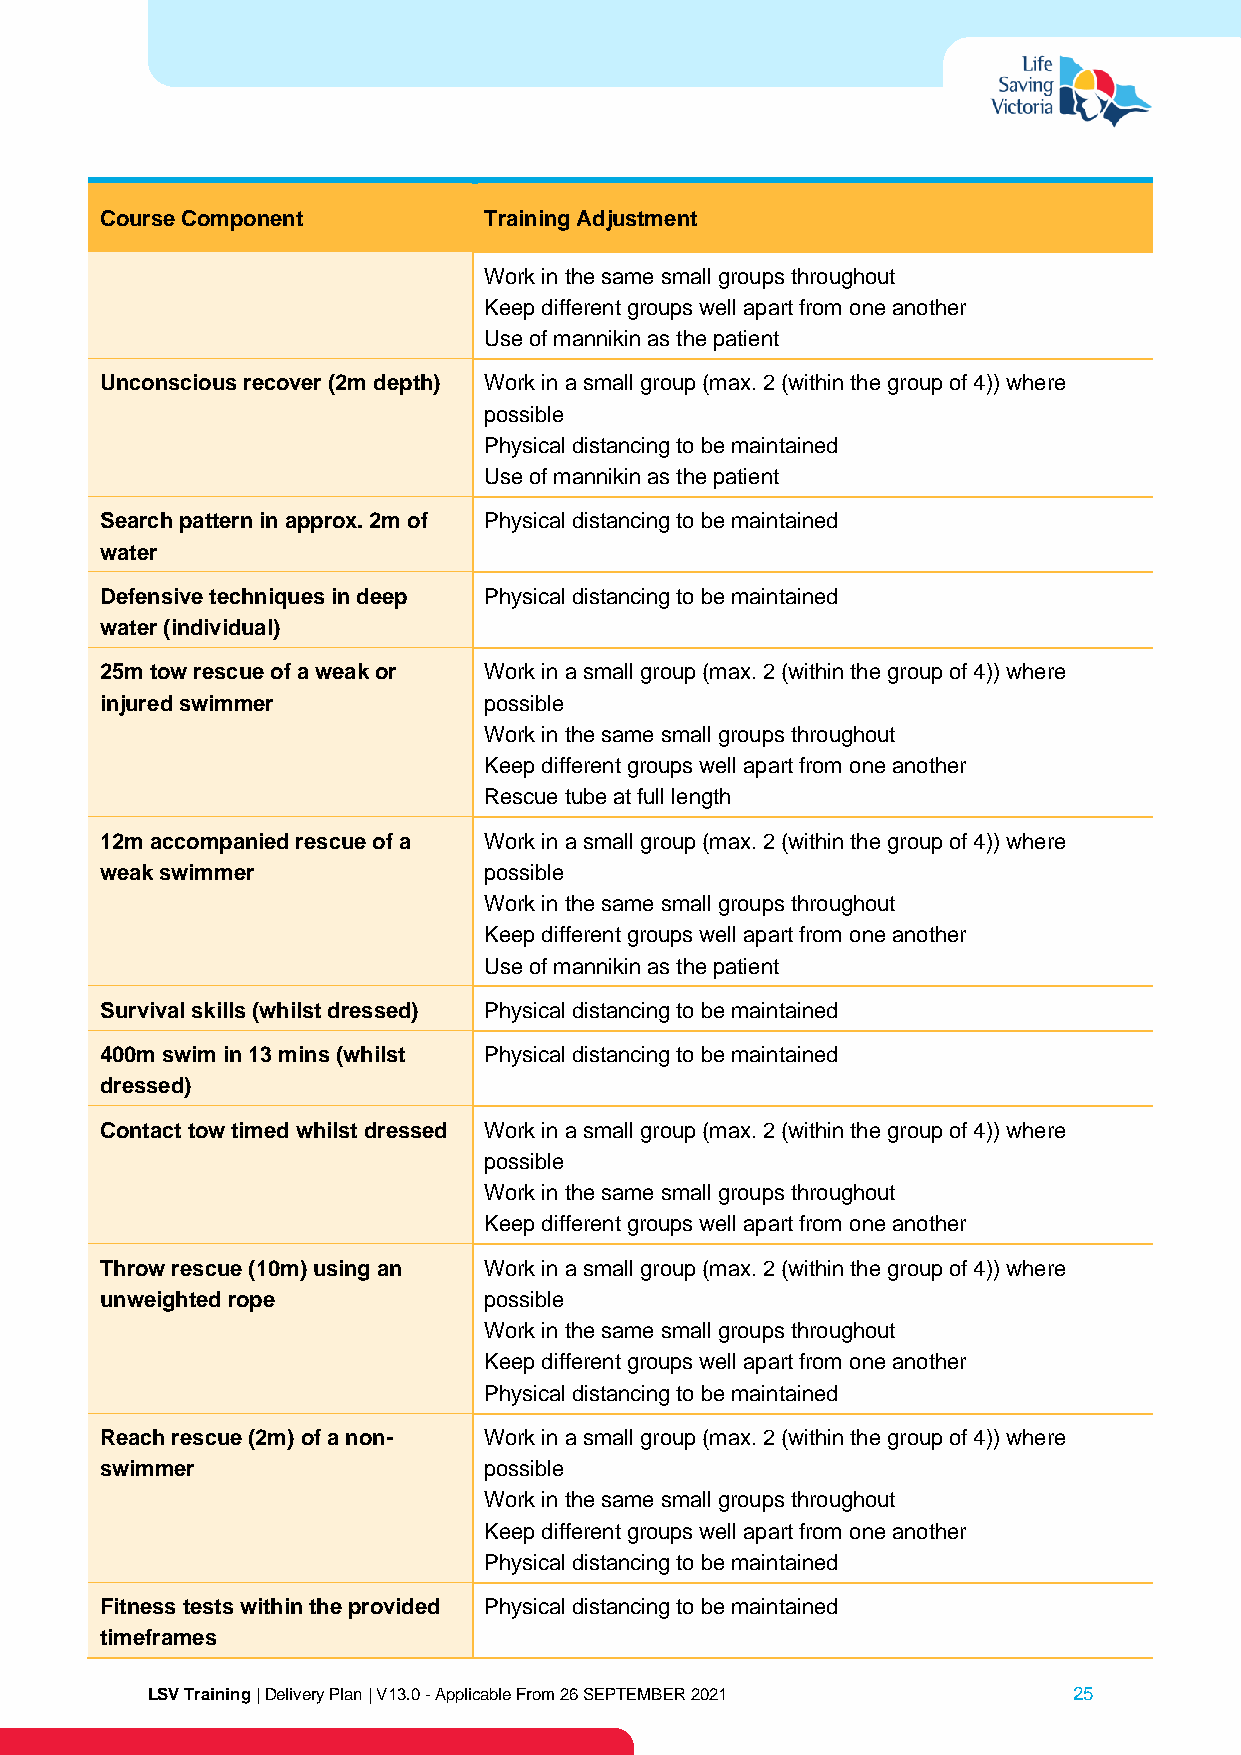
Course Component         Training Adjustment
 Work in the same small groups throughout
 Keep different groups well apart from one another
 Use of mannikin as the patient
 Unconscious recover (2m depth) Work in a small group (max. 2 (within the group of 4)) where
 possible
 Physical distancing to be maintained
 Use of mannikin as the patient
 Search pattern in approx. 2m of Physical distancing to be maintained
 water
 Defensive techniques in deep Physical distancing to be maintained
 water (individual)
 25m tow rescue of a weak or Work in a small group (max. 2 (within the group of 4)) where
 injured swimmer          possible
 Work in the same small groups throughout
 Keep different groups well apart from one another
 Rescue tube at full length
 12m accompanied rescue of a Work in a small group (max. 2 (within the group of 4)) where
 weak swimmer             possible
 Work in the same small groups throughout
 Keep different groups well apart from one another
 Use of mannikin as the patient
 Survival skills (whilst dressed) Physical distancing to be maintained
 400m swim in 13 mins (whilst Physical distancing to be maintained
 dressed)
 Contact tow timed whilst dressed Work in a small group (max. 2 (within the group of 4)) where
 possible
 Work in the same small groups throughout
 Keep different groups well apart from one another
 Throw rescue (10m) using an Work in a small group (max. 2 (within the group of 4)) where
 unweighted rope          possible
 Work in the same small groups throughout
 Keep different groups well apart from one another
 Physical distancing to be maintained
 Reach rescue (2m) of a non- Work in a small group (max. 2 (within the group of 4)) where
 swimmer                  possible
 Work in the same small groups throughout
 Keep different groups well apart from one another
 Physical distancing to be maintained
 Fitness tests within the provided Physical distancing to be maintained
 timeframes
 LSV Training | Delivery Plan | V13.0 - Applicable From 26 SEPTEMBER 2021 25